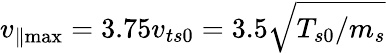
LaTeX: v_{\parallel\operatorname*{max}}=3.75v_{ts0}=3.5\sqrt{T_{s0}/m_{s}}